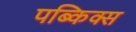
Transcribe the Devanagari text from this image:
पब्किक्स